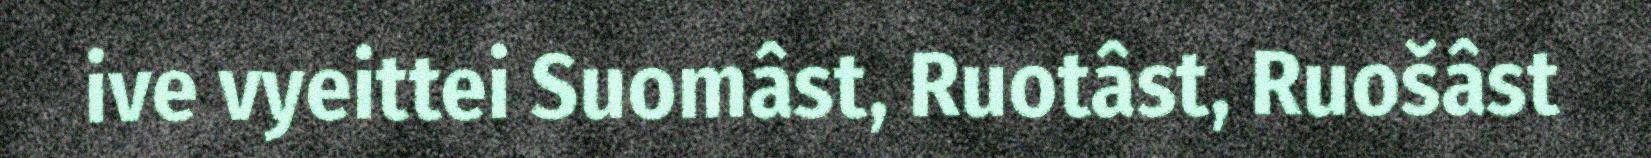
ive vyeittei Suomâst, Ruotâst, Ruošâst